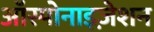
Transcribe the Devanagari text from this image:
ऑस्पोनाइज़ेशन